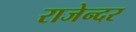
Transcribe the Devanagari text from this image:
राजेन्दर